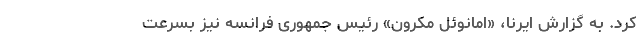
کرد. به گزارش ایرنا، «امانوئل مکرون» رئیس جمهوری فرانسه نیز بسرعت